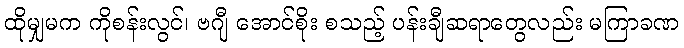
ထိုမျှမက ကိုစန်းလွင်၊ ဗဂျီ အောင်စိုး စသည့် ပန်းချီဆရာတွေလည်း မကြာခဏ